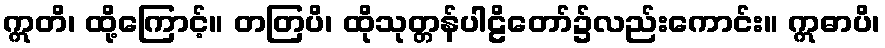
ဣတိ၊ ထို့ကြောင့်။ တတြပိ၊ ထိုသုတ္တန်ပါဠိတော်၌လည်းကောင်း။ ဣဓာပိ၊